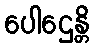
ပေါဌေန္တိ